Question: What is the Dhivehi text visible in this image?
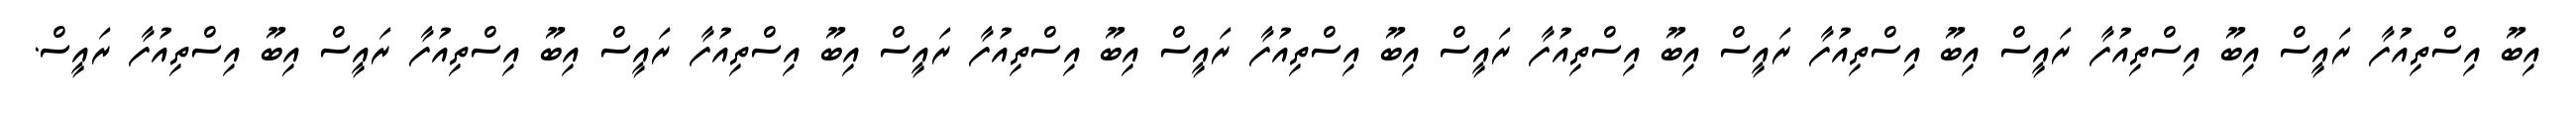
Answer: އިބޫ އިސްތިއުފާ ރައީސް އިބޫ އިސްތިއުފާ ރައީސް އިބޫ އިސްތިއުފާ ރައީސް އިބޫ އިސްތިއުފާ ރައީސް އިބޫ އިސްތިއުފާ ރައީސް އިބޫ އިސްތިއުފާ ރައީސް އިބޫ އިސްތިއުފާ ރައީސް އިބޫ އިސްތިއުފާ ރައީސް އިބޫ އިސްތިއުފާ ރައީސް.